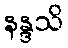
နန္ဒသိ